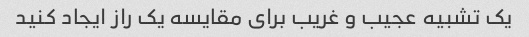
یک تشبیه عجیب و غریب برای مقایسه یک راز ایجاد کنید